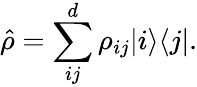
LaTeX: \hat{\rho}=\sum_{ij}^{d}\rho_{ij}|i\rangle\langle j|.